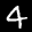
Label: 4